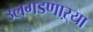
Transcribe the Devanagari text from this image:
उलगडणाऱ्या